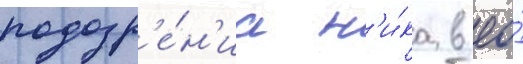
подозр'е́н'иа н'и́ка в ео́